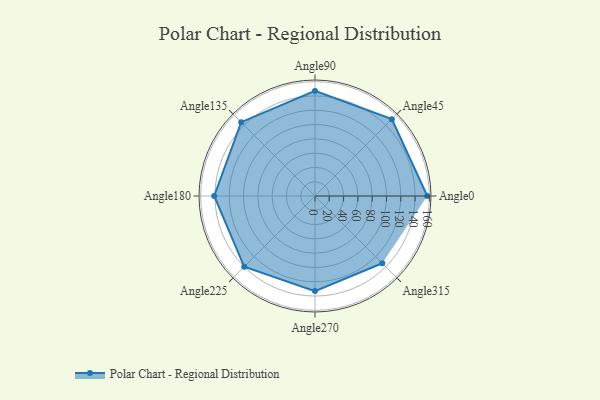
{"axis": {"x": "Angle", "y": "Radius"}, "legend": [""], "data": [{"x": "Angle0", "y": 157.0, "type": ""}, {"x": "Angle45", "y": 152.0, "type": ""}, {"x": "Angle90", "y": 147.0, "type": ""}, {"x": "Angle135", "y": 146.0, "type": ""}, {"x": "Angle180", "y": 141.0, "type": ""}, {"x": "Angle225", "y": 140.0, "type": ""}, {"x": "Angle270", "y": 133.0, "type": ""}, {"x": "Angle315", "y": 133.0, "type": ""}]}